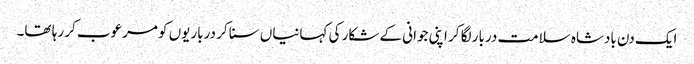
ایک دن بادشاہ سلامت دربار لگا کر اپنی جوانی کے شکار کی کہانیاں سنا کر درباریوں کو مرعوب کر رہا تھا۔